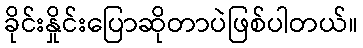
ခိုင်းနှိုင်းပြောဆိုတာပဲဖြစ်ပါတယ်။